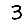
Digit: 3